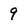
Character: 9